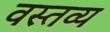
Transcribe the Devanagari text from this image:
वस्तव्य